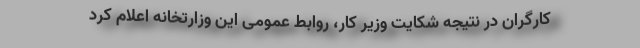
کارگران در نتیجه شکایت وزیر کار، روابط عمومی این وزارتخانه اعلام کرد